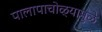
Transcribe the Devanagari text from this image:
पालापाचोळ्यामुळे